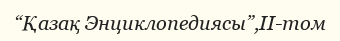
“Қазақ Энциклопедиясы”,II-том